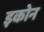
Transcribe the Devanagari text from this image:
इकोन